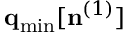
{ \bf q } _ { \mathrm { m i n } } [ { \bf n } ^ { ( 1 ) } ]